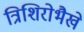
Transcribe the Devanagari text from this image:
त्रिशिरोभैखे